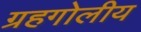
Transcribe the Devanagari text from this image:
ग्रहगोलीय